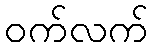
ဝက်လက်